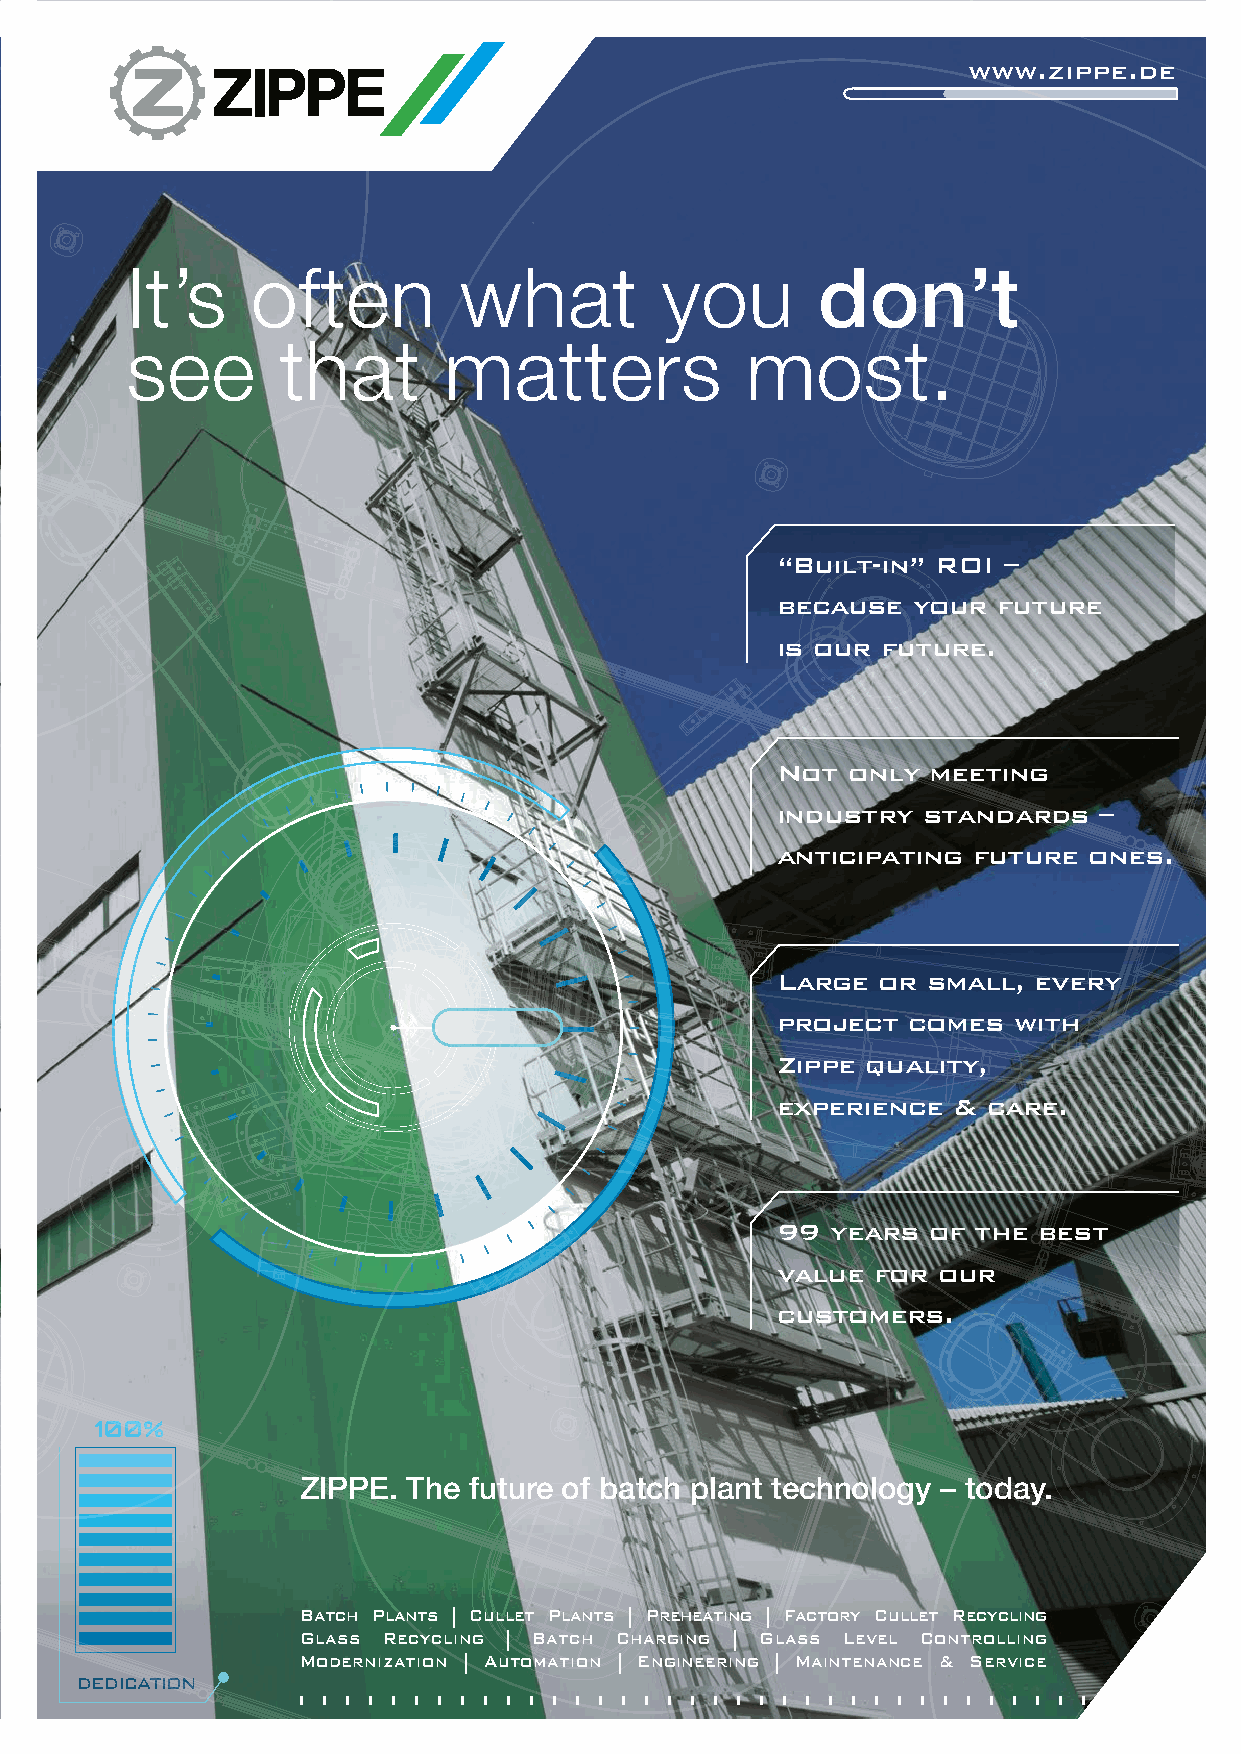
www.zippe.de
 It’s     often        what          you       don’t
 see        that      matters             most.
 “Built-in” ROI –
 because  your  future
 is our future.
 Not  only  meeting
 industry  standards   –
 anticipating future  ones.
 Large  or small, every
 project  comes  with
 Zippe quality,
 experience  & care.
 99  years of the  best
 value  for our
 customers.
 ZIPPE. The future of batch plant technology – today.
 Batch Plants | Cullet Plants | Preheating | Factory Cullet Recycling
 Glass Recycling | Batch Charging | Glass Level Controlling
 Modernization | Automation | Engineering | Maintenance & Service
 dedication